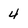
Character: 4